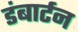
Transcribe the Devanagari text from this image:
डंबार्टन